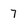
Character: 7